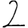
Digit: 2